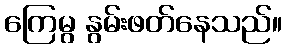
ကြေမွ နွမ်းဖတ်နေသည်။